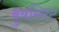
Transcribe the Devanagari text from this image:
बुबस्टिट